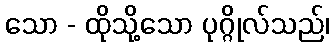
သော - ထိုသို့သော ပုဂ္ဂိုလ်သည်၊